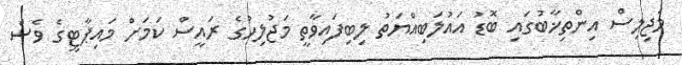
މަޖިލިސް އިންތިޚާބުގައި ބޮޑު އައުލަބިއްޔަތު ލިބިފައިވާތީ މަޖުލިހުގެ ރައީސް ކަމަށް މައިޕާޓީގެ ވެސް